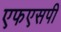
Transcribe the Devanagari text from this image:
एफएसपी